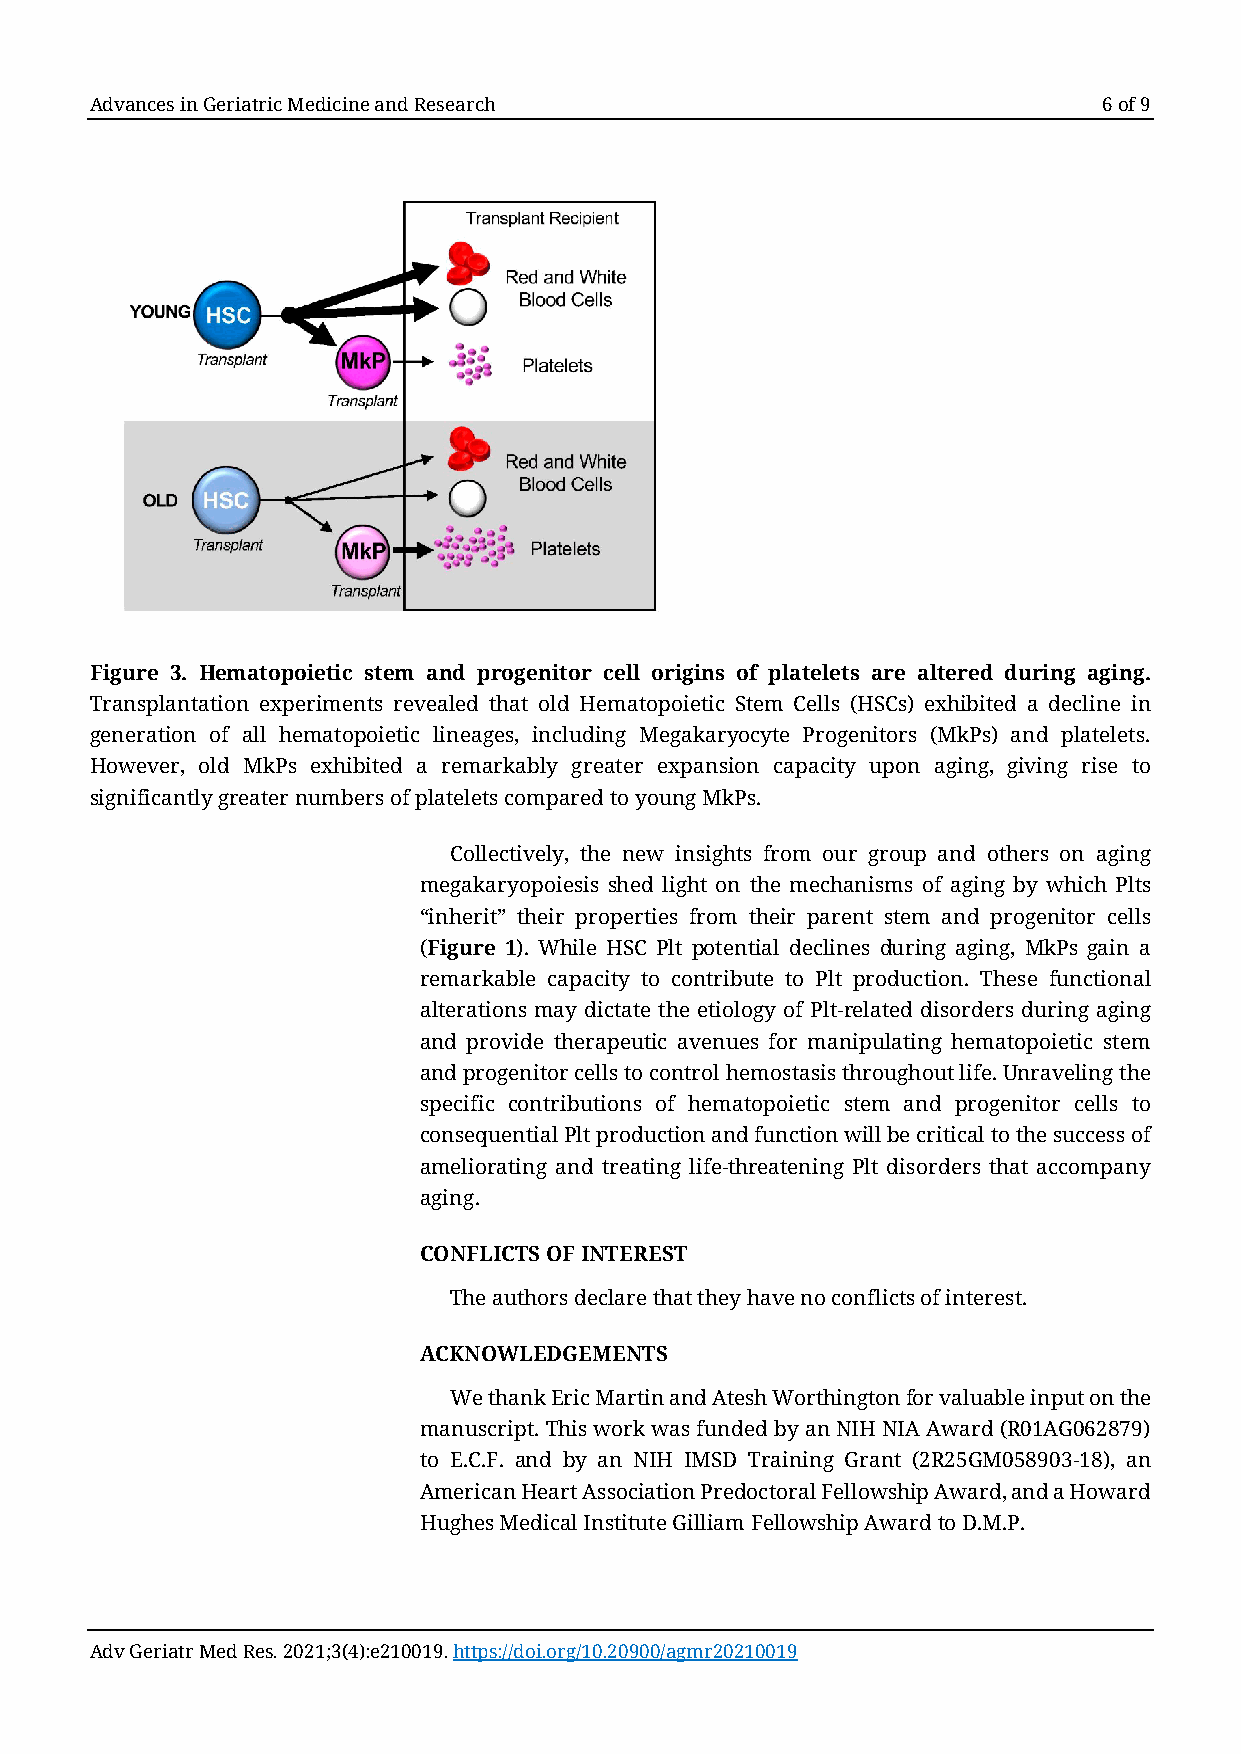
Advances in Geriatric Medicine and Research                        6 of 9
 Figure 3. Hematopoietic stem and progenitor cell origins of platelets are altered during aging.
 Transplantation experiments revealed that old Hematopoietic Stem Cells (HSCs) exhibited a decline in
 generation of all hematopoietic lineages, including Megakaryocyte Progenitors (MkPs) and platelets.
 However, old MkPs exhibited a remarkably greater expansion capacity upon aging, giving rise to
 significantly greater numbers of platelets compared to young MkPs.
 Collectively, the new insights from our group and others on aging
 megakaryopoiesis shed light on the mechanisms of aging by which Plts
 “inherit” their properties from their parent stem and progenitor cells
 (Figure 1). While HSC Plt potential declines during aging, MkPs gain a
 remarkable capacity to contribute to Plt production. These functional
 alterations may dictate the etiology of Plt-related disorders during aging
 and provide therapeutic avenues for manipulating hematopoietic stem
 and progenitor cells to control hemostasis throughout life. Unraveling the
 specific contributions of hematopoietic stem and progenitor cells to
 consequential Plt production and function will be critical to the success of
 ameliorating and treating life-threatening Plt disorders that accompany
 aging.
 CONFLICTS OF INTEREST
 The authors declare that they have no conflicts of interest.
 ACKNOWLEDGEMENTS
 We thank Eric Martin and Atesh Worthington for valuable input on the
 manuscript. This work was funded by an NIH NIA Award (R01AG062879)
 to E.C.F. and by an NIH IMSD Training Grant (2R25GM058903-18), an
 American Heart Association Predoctoral Fellowship Award, and a Howard
 Hughes Medical Institute Gilliam Fellowship Award to D.M.P.
 Adv Geriatr Med Res. 2021;3(4):e210019. https://doi.org/10.20900/agmr20210019